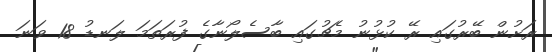
ރަށުން ބޭރުގައި ރޭ ކުޅުނު މެޗުގައި ބާސެލޯނާގެ ފުރަތަމަ ލަނޑު 18 ވަނަ